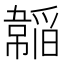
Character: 𩏍